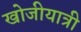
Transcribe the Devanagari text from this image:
खोजीयात्री